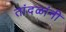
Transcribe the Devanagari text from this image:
तांदळांनी